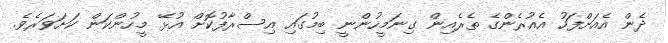
ދެން އެއަށްފަހު އެއުރެންގެ ތެރެއިން ގިނަމީހުންނީ ބިމުގައި އިސްރާފުކޮށް އުޅޭ މީހުންކަން ކަށަވަރެވެ.